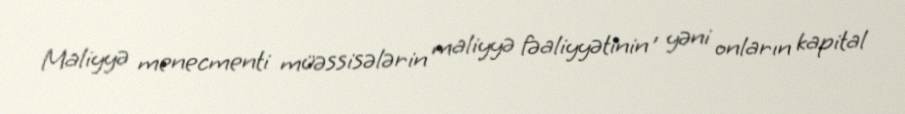
Maliyyə menecmenti müəssisələrin maliyyə fəaliyyətinin , yəni onların kapital